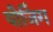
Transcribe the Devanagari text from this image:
यीजिंग